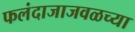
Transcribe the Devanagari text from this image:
फलंदाजाजवळच्या